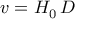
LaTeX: v = H _ { 0 } \, D